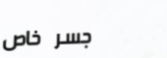
جسر خاص